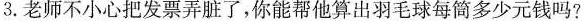
3.老师不小心把发票弄脏了，你能帮他算出羽毛球每筒多少元钱吗?